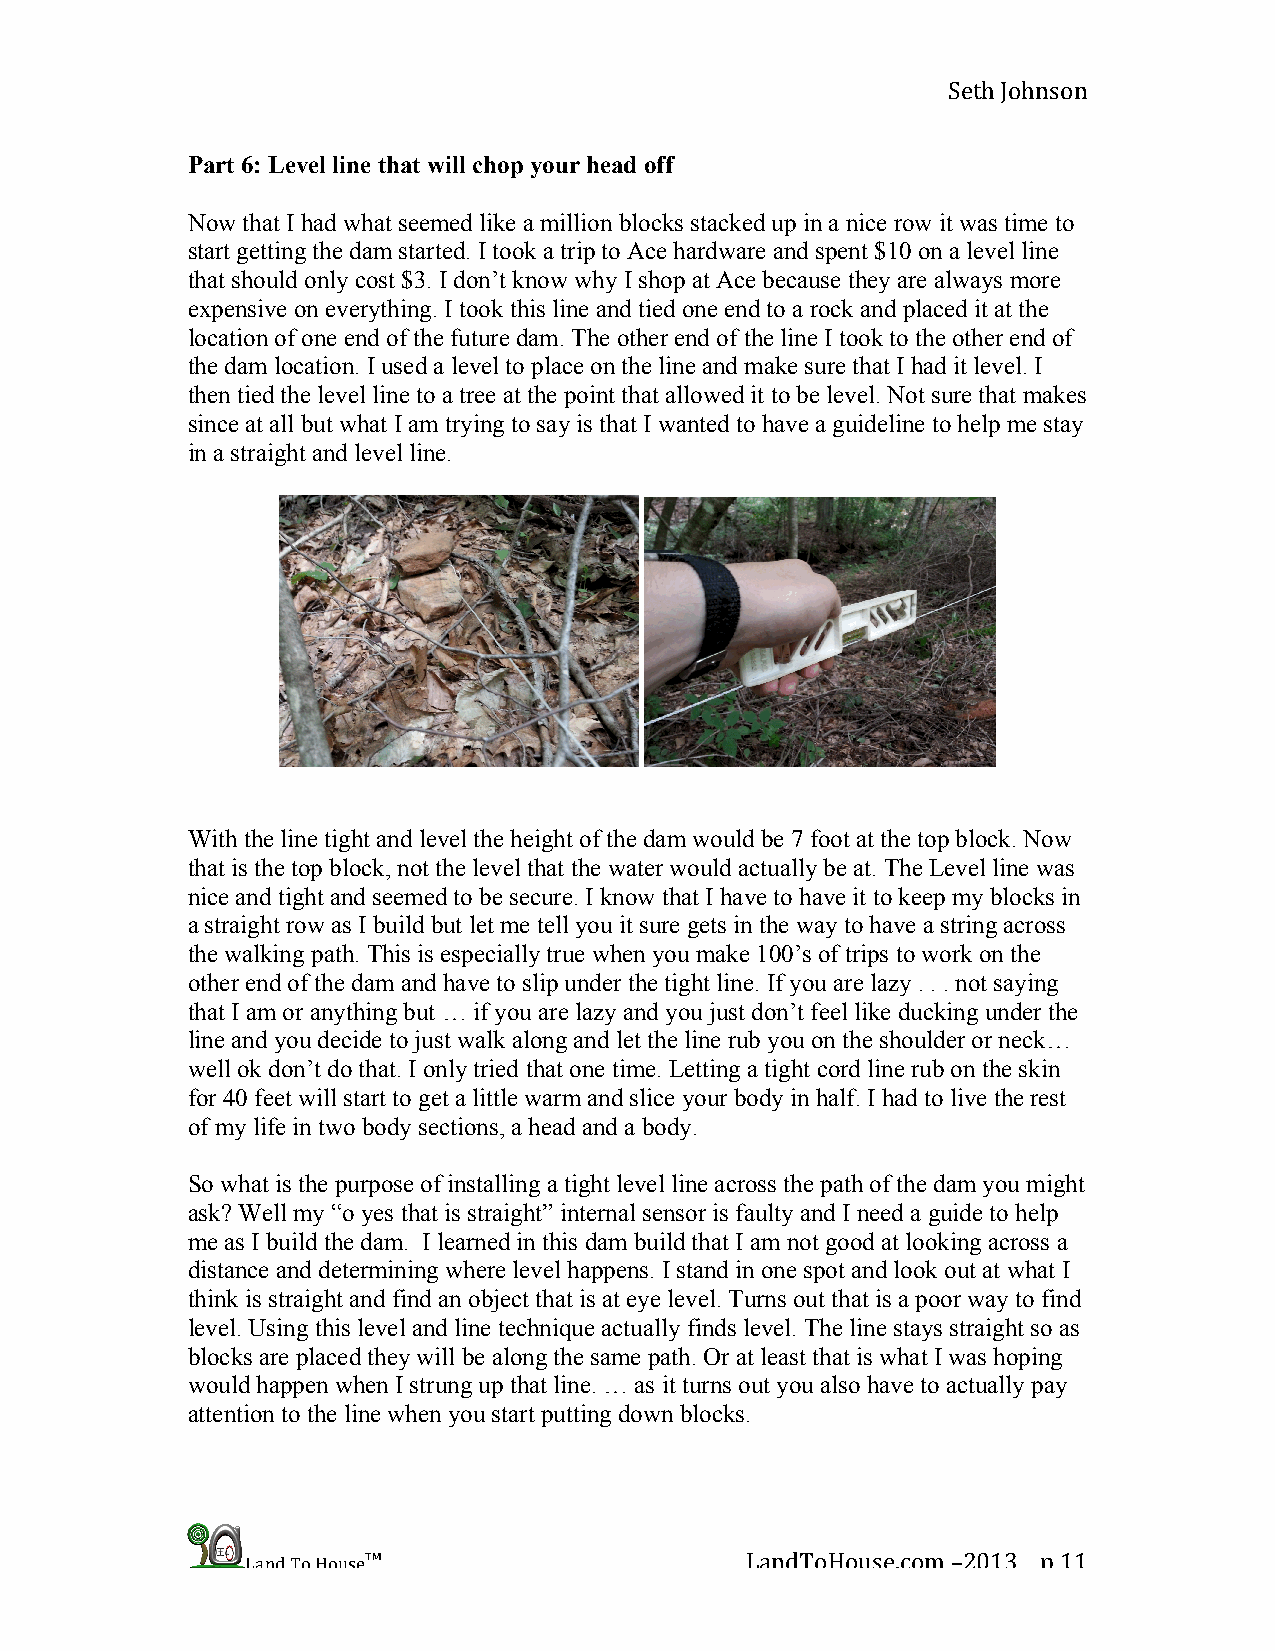
Seth Johnson
 Part 6: Level line that will chop your head off
 Now that I had what seemed like a million blocks stacked up in a nice row it was time to
 start getting the dam started. I took a trip to Ace hardware and spent $10 on a level line
 that should only cost $3. I don’t know why I shop at Ace because they are always more
 expensive on everything. I took this line and tied one end to a rock and placed it at the
 location of one end of the future dam. The other end of the line I took to the other end of
 the dam location. I used a level to place on the line and make sure that I had it level. I
 then tied the level line to a tree at the point that allowed it to be level. Not sure that makes
 since at all but what I am trying to say is that I wanted to have a guideline to help me stay
 in a straight and level line.
 With the line tight and level the height of the dam would be 7 foot at the top block. Now
 that is the top block, not the level that the water would actually be at. The Level line was
 nice and tight and seemed to be secure. I know that I have to have it to keep my blocks in
 a straight row as I build but let me tell you it sure gets in the way to have a string across
 the walking path. This is especially true when you make 100’s of trips to work on the
 other end of the dam and have to slip under the tight line. If you are lazy . . . not saying
 that I am or anything but … if you are lazy and you just don’t feel like ducking under the
 line and you decide to just walk along and let the line rub you on the shoulder or neck…
 well ok don’t do that. I only tried that one time. Letting a tight cord line rub on the skin
 for 40 feet will start to get a little warm and slice your body in half. I had to live the rest
 of my life in two body sections, a head and a body.
 So what is the purpose of installing a tight level line across the path of the dam you might
 ask? Well my “o yes that is straight” internal sensor is faulty and I need a guide to help
 me as I build the dam. I learned in this dam build that I am not good at looking across a
 distance and determining where level happens. I stand in one spot and look out at what I
 think is straight and find an object that is at eye level. Turns out that is a poor way to find
 level. Using this level and line technique actually finds level. The line stays straight so as
 blocks are placed they will be along the same path. Or at least that is what I was hoping
 would happen when I strung up that line. … as it turns out you also have to actually pay
 attention to the line when you start putting down blocks.
 Land To House™                   LandToHouse.com –2013 p 11